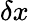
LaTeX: \delta x